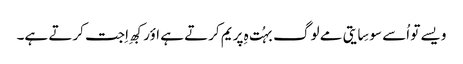
ویسے تو اُسے سوسِایتی مے لوگ بہُت ہِ پریم کرتے ہے اؤر کبھِ اِجت کرتے ہے۔